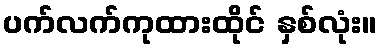
ပက်လက်ကုထားထိုင် နှစ်လုံး။